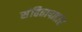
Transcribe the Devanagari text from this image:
संहितापाठांत